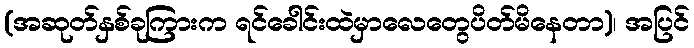
(အဆုတ်နှစ်ခုကြားက ရင်ခေါင်းထဲမှာလေတွေပိတ်မိနေတာ)၊ အပြင်